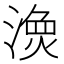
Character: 𱨖